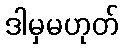
ဒါမှမဟုတ်